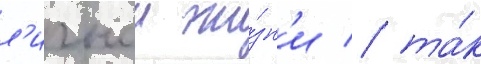
л'ичнои жи́зн'и / та́к